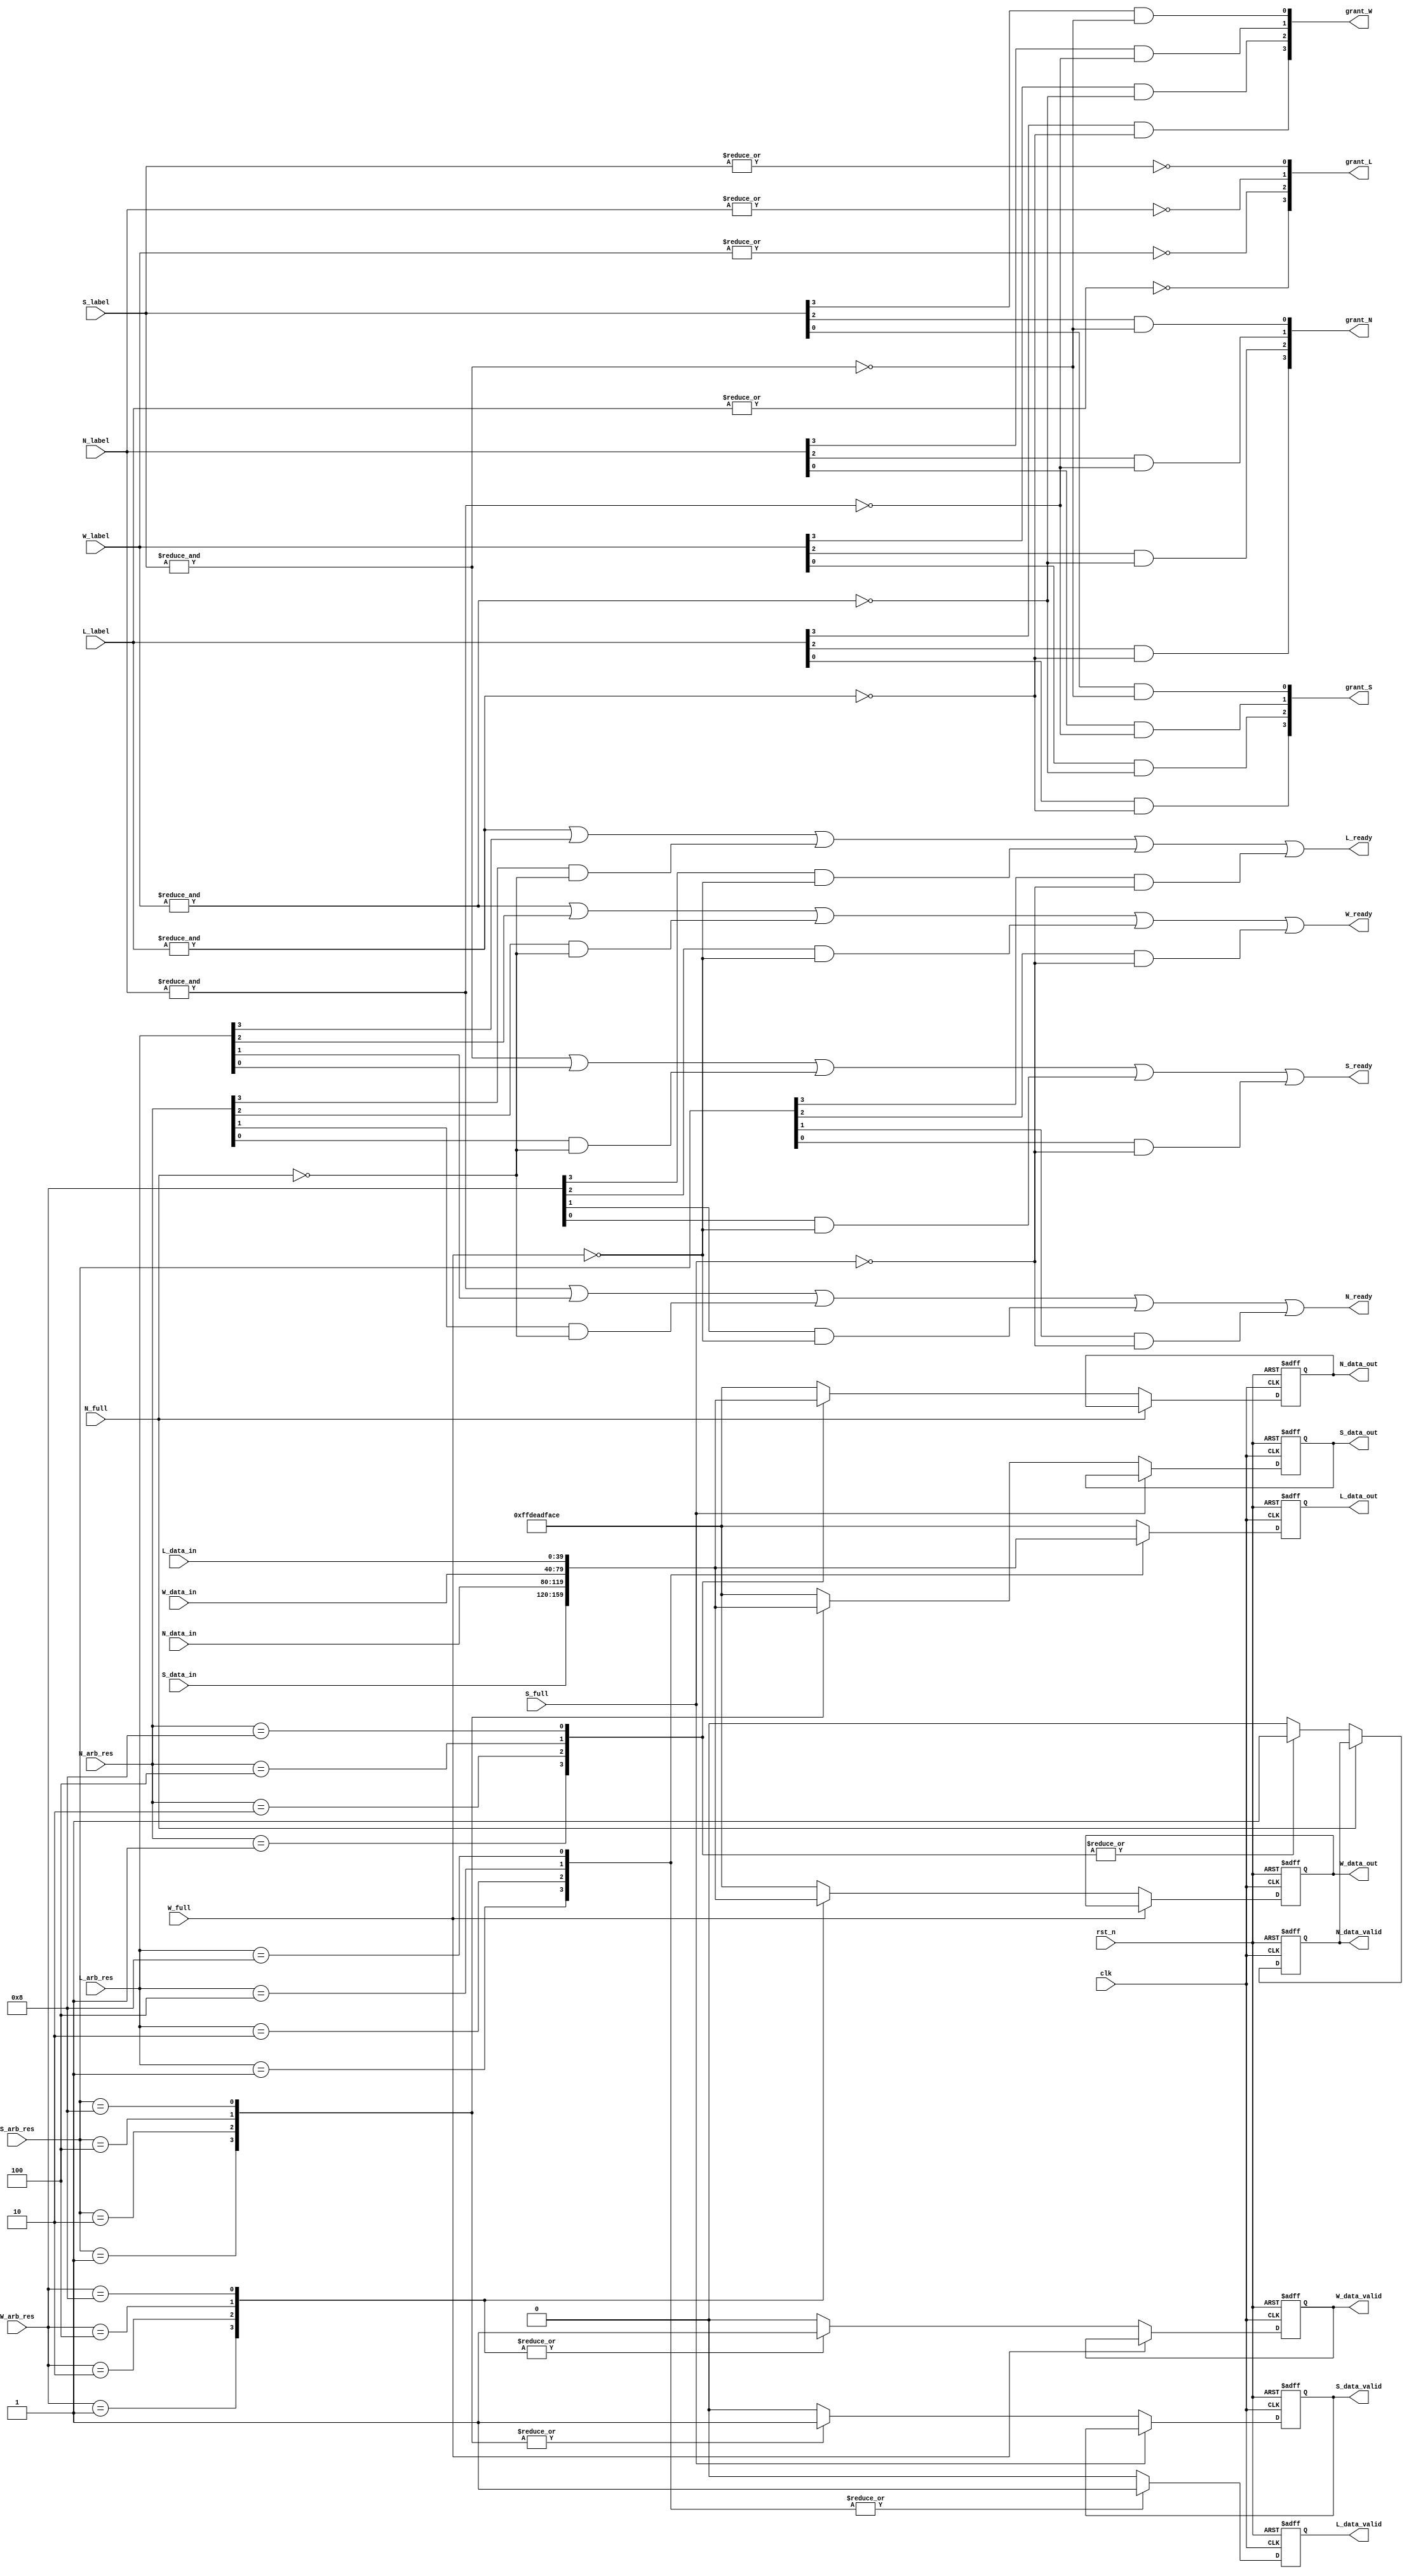
module switch_alloc12#(
  parameter DEPTH=8,
  parameter WIDTH=3,
  parameter DATASIZE=40  //src:4bit, dst:4bit, timestamp:8bit, data:22bit, type:2bit
  )(

  input	wire	clk,
  input	wire	rst_n,

	input	wire[3:0]	L_label,
	input	wire[3:0]	N_label,
//	input	wire[3:0]	E_label,
	input	wire[3:0]	S_label,
	input	wire[3:0]	W_label,


	input	wire[DATASIZE-1:0]	L_data_in,
//	input	wire[DATASIZE-1:0]	E_data_in,
	input	wire[DATASIZE-1:0]	S_data_in,
	input	wire[DATASIZE-1:0]	W_data_in,
	input	wire[DATASIZE-1:0]	N_data_in,


	input	wire	N_full,
	input	wire	S_full,
//	input	wire	E_full,
	input	wire	W_full,


	input 	wire[3:0]		L_arb_res,
//	input		wire[3:0]		E_arb_res,
	input		wire[3:0]		S_arb_res,
	input 	wire[3:0]		W_arb_res,
	input 	wire[3:0]		N_arb_res,

	output	wire	[3:0]	grant_L,
	output	wire	[3:0]	grant_N,
	output	wire	[3:0]	grant_S,
	output	wire	[3:0]	grant_W,
//	output	wire	[3:0]	grant_E,

	output	wire	N_ready,
	output	wire	S_ready,
//	output	wire	E_ready,
	output	wire	W_ready,
	output	wire	L_ready,

	output	reg		L_data_valid,
//	output	reg		E_data_valid,
	output	reg		S_data_valid,
	output	reg		W_data_valid,
	output	reg		N_data_valid,

	output	reg[DATASIZE-1:0]	L_data_out,
//	output	reg[DATASIZE-1:0]	E_data_out,
	output	reg[DATASIZE-1:0]	S_data_out,
	output	reg[DATASIZE-1:0]	W_data_out,
	output	reg[DATASIZE-1:0]	N_data_out

	);


	//grant:D0D1D2D3D4, where D0 = local, D1 = W, D2 = N, D3 = E,D4 = S.

	wire	L_label_valid;
	wire	N_label_valid;
	wire	S_label_valid;
	wire	W_label_valid;
//	wire	E_label_valid;


	assign  L_label_valid	= 	~(&L_label);
	assign  N_label_valid	= 	~(&N_label);
	assign  S_label_valid	= 	~(&S_label);
	assign  W_label_valid	= 	~(&W_label);
//	assign  E_label_valid	= 	~(&E_label);


	assign grant_W = {L_label[3]&L_label_valid, W_label[3]&W_label_valid, N_label[3]&N_label_valid, S_label[3]&S_label_valid};	//left(west)

	assign grant_N = {L_label[2]&L_label_valid,W_label[2]&W_label_valid,N_label[2]&N_label_valid,S_label[2]&S_label_valid};	//up

//	assign grant_E = {L_label[1]&L_label_valid,N_label[1]&N_label_valid,E_label[1]&E_label_valid,S_label[1]&S_label_valid};	//right

	assign grant_S = {L_label[0]&L_label_valid,W_label[0]&W_label_valid,N_label[0]&N_label_valid,S_label[0]&S_label_valid};	//down

	assign grant_L = {~(|L_label),~(|W_label),~(|N_label),~(|S_label)};	//local


	reg[DATASIZE-1:0]	L_data_src;
//	reg[DATASIZE-1:0]	E_data_src;
	reg[DATASIZE-1:0]	S_data_src;
	reg[DATASIZE-1:0]	W_data_src;
	reg[DATASIZE-1:0]	N_data_src;


	reg	L_port_valid;
	reg	N_port_valid;
//	reg	E_port_valid;
	reg	W_port_valid;
	reg	S_port_valid;

	assign 	 L_ready =  ~L_label_valid | L_arb_res[3] | (N_arb_res[3] & ~N_full)| (W_arb_res[3] & ~W_full)| (S_arb_res[3] & ~S_full);

	assign 	 W_ready =  ~W_label_valid | L_arb_res[2] | (N_arb_res[2] & ~N_full)| (W_arb_res[2] & ~W_full)|  (S_arb_res[2] & ~S_full);
	
	assign 	 N_ready =  ~N_label_valid | L_arb_res[1] | (N_arb_res[1] & ~N_full)| (W_arb_res[1] & ~W_full)| (S_arb_res[1] & ~S_full);
	
//	assign 	 E_ready =  ~E_label_valid | L_arb_res[1] | (N_arb_res[1] & ~N_full)| (E_arb_res[1] & ~E_full)|  (S_arb_res[1] & ~S_full);

	assign 	 S_ready =  ~S_label_valid | L_arb_res[0] | (N_arb_res[0] & ~N_full)| (W_arb_res[0] & ~W_full)|  (S_arb_res[0] & ~S_full);


	always @(*) begin
		case(L_arb_res)
			4'b0001:begin
				L_data_src = S_data_in;
				L_port_valid = 1;
			end
			4'b0010:begin
				L_data_src= N_data_in;
				L_port_valid=1;
			end
			4'b0100:begin
				L_data_src=W_data_in;
				L_port_valid=1;
			end
			4'b1000:begin
				L_data_src=L_data_in;
				L_port_valid=1;
			end

			default:begin
				L_data_src	=	'hdeadface;
				L_port_valid=0;
			end
			endcase
	end


		always @(*) begin
		case(N_arb_res)
			4'b0001:begin
				N_data_src = S_data_in;
				N_port_valid = 1;
			end
			4'b0010:begin
				N_data_src= N_data_in;
				N_port_valid=1;
			end
			4'b0100:begin
				N_data_src=W_data_in;
				N_port_valid=1;
			end
			4'b1000:begin
				N_data_src=L_data_in;
				N_port_valid=1;
			end

			default:begin
				N_data_src	=	'hdeadface;
				N_port_valid=0;
			end
			endcase
	end


		always @(*) begin
		case(W_arb_res)
			4'b0001:begin
				W_data_src = S_data_in;
				W_port_valid = 1;
			end
			4'b0010:begin
				W_data_src= N_data_in;
				W_port_valid=1;
			end
			4'b0100:begin
				W_data_src=W_data_in;
				W_port_valid=1;
			end
			4'b1000:begin
				W_data_src=L_data_in;
				W_port_valid=1;
			end

			default:begin
				W_data_src	=	'hdeadface;
				W_port_valid=0;
			end
			endcase
	end

		always @(*) begin
		case(S_arb_res)
			4'b0001:begin
				S_data_src = S_data_in;
				S_port_valid = 1;
			end
			4'b0010:begin
				S_data_src= N_data_in;
				S_port_valid=1;
			end
			4'b0100:begin
				S_data_src=W_data_in;
				S_port_valid=1;
			end
			4'b1000:begin
				S_data_src=L_data_in;
				S_port_valid=1;
			end

			default:begin
				S_data_src	=	'hdeadface;
				S_port_valid=0;
			end
			endcase
	end



		always @(posedge clk or negedge rst_n) begin
			if (!rst_n) begin

					L_data_valid	<=		0;
					L_data_out	<=		0;
			end
			else begin
					L_data_valid	<=		L_port_valid;
					L_data_out	<=		L_data_src;
			end
		end




		always @(posedge clk or negedge rst_n) begin
			if (!rst_n) begin

					W_data_valid	<=		0;
					W_data_out	<=		0;
			end
			else if(!W_full)begin
					W_data_valid		<=		W_port_valid;
					W_data_out			<=		W_data_src;
			end
			else begin
					W_data_valid		<=		W_data_valid;
					W_data_out			<=		W_data_out;
			end
		end

		always @(posedge clk or negedge rst_n) begin
			if (!rst_n) begin

					N_data_valid	<=		0;
					N_data_out	<=		0;
			end
			else if(!N_full)begin
					N_data_valid		<=		N_port_valid;
					N_data_out			<=		N_data_src;
			end
			else begin
					N_data_valid		<=		N_data_valid;
					N_data_out			<=		N_data_out;
			end
		end


		always @(posedge clk or negedge rst_n) begin
			if (!rst_n) begin

					S_data_valid	<=		0;
					S_data_out	<=		0;
			end
			else if(!S_full)begin
					S_data_valid		<=		S_port_valid;
					S_data_out			<=		S_data_src;
			end
			else begin
					S_data_valid		<=		S_data_valid;
					S_data_out			<=		S_data_out;
			end
		end


endmodule